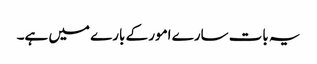
یہ بات سارے امور کے بارے میں ہے۔